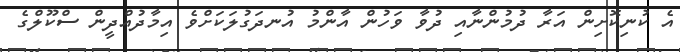
އެ ކުނިކޮށިން އަރާ ދުމުންނާއި ދުވާ ވަހުން އާންމު އުނދަގުލަކަށްވެ އިމާދުއްދީން ސްކޫލްގެ